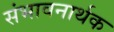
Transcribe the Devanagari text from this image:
संभावनार्थक